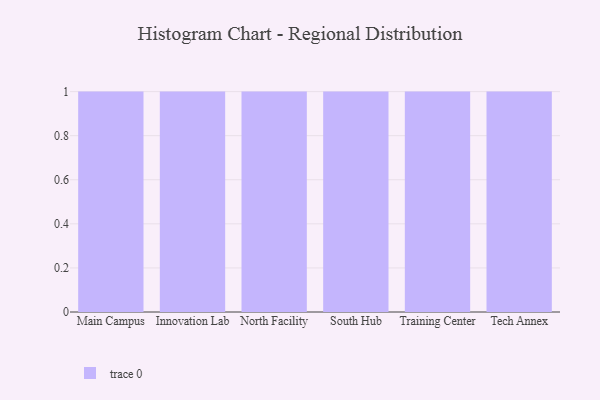
{"axis": {"x": "Campus", "y": "Active Users"}, "legend": [""], "data": [{"x": "Main Campus", "y": 40, "type": ""}, {"x": "Innovation Lab", "y": 98, "type": ""}, {"x": "North Facility", "y": 10, "type": ""}, {"x": "South Hub", "y": 51, "type": ""}, {"x": "Training Center", "y": 25, "type": ""}, {"x": "Tech Annex", "y": 42, "type": ""}]}